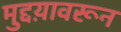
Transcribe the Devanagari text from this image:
मुद्दय़ावरून